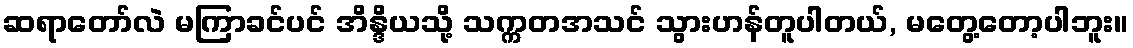
ဆရာတော်လဲ မကြာခင်ပင် အိန္ဒိယသို့ သက္ကတအသင် သွားဟန်တူပါတယ်, မတွေ့တော့ပါဘူး။